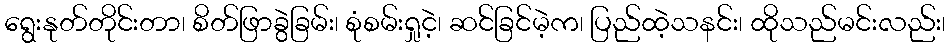
ရွေးနုတ်တိုင်းတာ၊ စိတ်ဖြာခွဲခြမ်း၊ စုံစမ်းရှုငဲ့၊ ဆင်ခြင်မဲ့က၊ ပြည်ထဲ့သနင်း၊ ထိုသည်မင်းလည်း၊